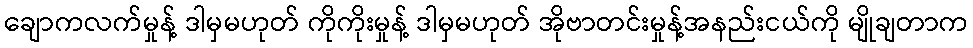
ချောကလက်မှုန့် ဒါမှမဟုတ် ကိုကိုးမှုန့် ဒါမှမဟုတ် အိုဗာတင်းမှုန့်အနည်းငယ်ကို မျိုချတာက